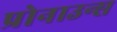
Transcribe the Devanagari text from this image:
प्रोनाउन्स